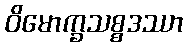
ဝိမောက္ခသစ္စဒဿာ